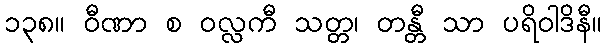
၁၃၈။ ဝီဏာ စ ဝလ္လကီ သတ္တ၊ တန္တီ သာ ပရိဝါဒိနီ။